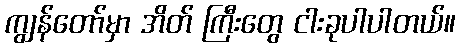
ကျွန်တော်မှာ အိတ် ကြီးတွေ ငါးခုပါပါတယ်။